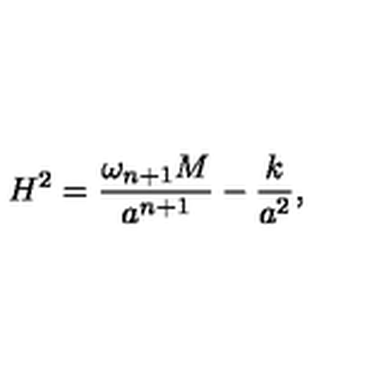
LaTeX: H ^ { 2 } = { \frac { \omega _ { n + 1 } M } { a ^ { n + 1 } } } - { \frac { k } { a ^ { 2 } } } ,